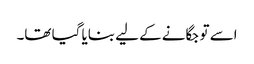
اسے تو جگانے کے لیے بنایا گیا تھا۔